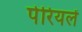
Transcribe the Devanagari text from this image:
पेरियलें